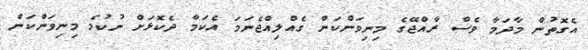
އެގޮތުން މާދަމާ ވެސް ރާއްޖޭގެ މިނިވަންކަން ގެއްލިއްޖެނަމަ އެކަމާ ދެކޮޅަށް ނުކުމެ މިނިވަންކަން